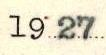
1927